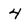
Character: 4